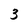
Character: 3